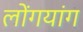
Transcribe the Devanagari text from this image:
लोंगयांग